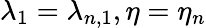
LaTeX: \lambda_{1}=\lambda_{n,1},\eta=\eta_{n}